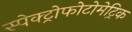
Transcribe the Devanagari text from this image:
स्पेक्ट्रोफोटोमेट्रिक